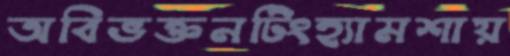
অবিভক্তনটিংহ্যামশায়